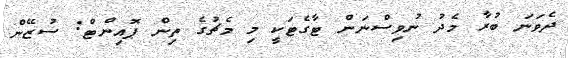
ދެވަނަ ބުރާ މެދު ނުވިސްނަން ޓާގެޓަކީ މި މެޗުގެ ތިން ޕޮއިންޓް: ސުޒޭން